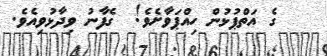
ގެ އަތްޕުޅުން ހިއްޕަވާށެވެ!  ގެފާނު ވިދާޅުވިއެވެ.